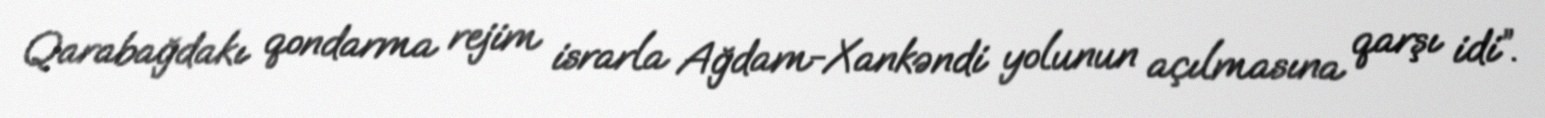
Qarabağdakı qondarma rejim israrla Ağdam-Xankəndi yolunun açılmasına qarşı idi”.